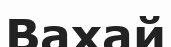
Вахай